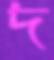
দ